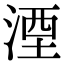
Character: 湮